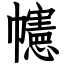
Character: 幰